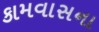
કામવાસના